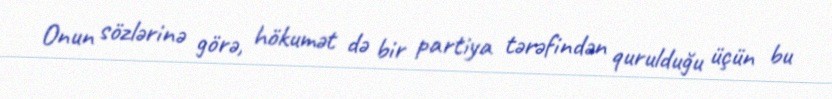
Onun sözlərinə görə, hökumət də bir partiya tərəfindən qurulduğu üçün bu